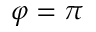
\varphi = \pi